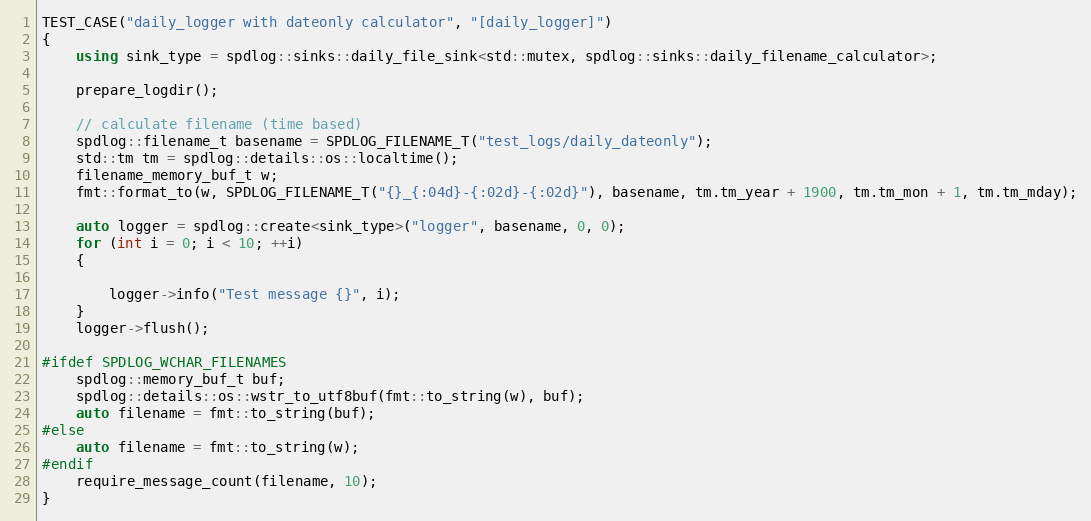
Language: C++
TEST_CASE("daily_logger with dateonly calculator", "[daily_logger]")
{
    using sink_type = spdlog::sinks::daily_file_sink<std::mutex, spdlog::sinks::daily_filename_calculator>;

    prepare_logdir();

    // calculate filename (time based)
    spdlog::filename_t basename = SPDLOG_FILENAME_T("test_logs/daily_dateonly");
    std::tm tm = spdlog::details::os::localtime();
    filename_memory_buf_t w;
    fmt::format_to(w, SPDLOG_FILENAME_T("{}_{:04d}-{:02d}-{:02d}"), basename, tm.tm_year + 1900, tm.tm_mon + 1, tm.tm_mday);

    auto logger = spdlog::create<sink_type>("logger", basename, 0, 0);
    for (int i = 0; i < 10; ++i)
    {

        logger->info("Test message {}", i);
    }
    logger->flush();

#ifdef SPDLOG_WCHAR_FILENAMES
    spdlog::memory_buf_t buf;
    spdlog::details::os::wstr_to_utf8buf(fmt::to_string(w), buf);
    auto filename = fmt::to_string(buf);
#else
    auto filename = fmt::to_string(w);
#endif
    require_message_count(filename, 10);
}